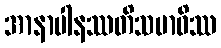
အာနာပါနဿတိသမာဓိဿ